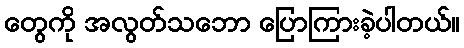
တွေကို အလွတ်သဘော ပြောကြားခဲ့ပါတယ်။